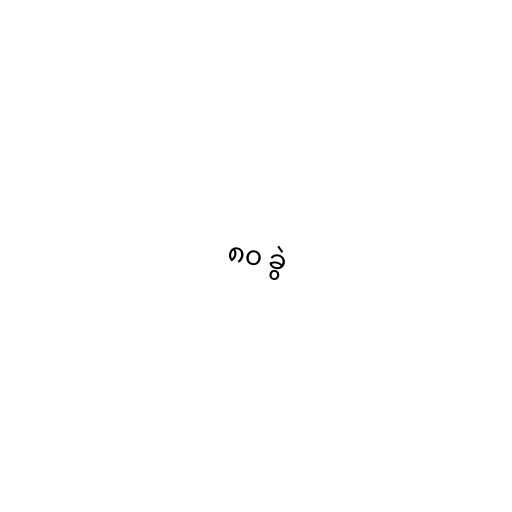
၈၀ ခွဲ